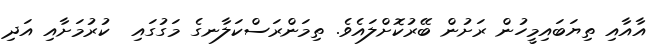
އާއާއި ތިޔަބައިމީހުން ރަށުން ބޭރުކޮށްލައެވެ. ތިމަންރަސްކަލާނގެ މަގުގައި  ކުރުމަށާއި އަދި